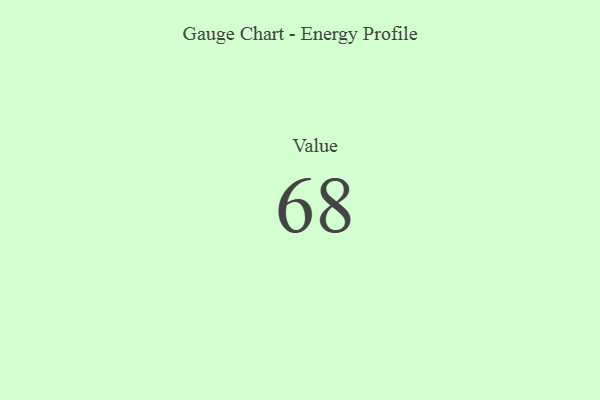
{"axis": {"x": "Metric", "y": "Value"}, "legend": [""], "data": [{"x": "Value", "y": 68, "type": ""}]}